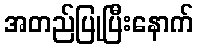
အတည်ပြုပြီးနောက်